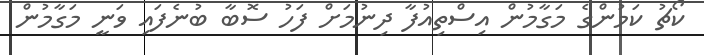
ކޯޗު ކަމުންގެ މަގާމުން އިސްތިއުފާ ދިނުމަށް ފަހު ސޮބާ ބުނެފައި ވަނީ މަގާމުން